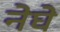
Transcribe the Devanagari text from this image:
नेघे